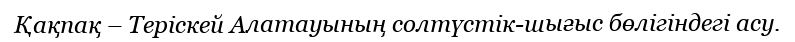
Қақпақ – Теріскей Алатауының солтүстік-шығыс бөлігіндегі асу.